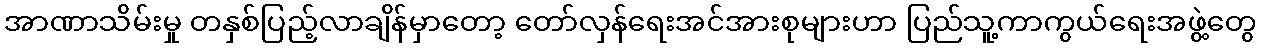
အာဏာသိမ်းမှု တနှစ်ပြည့်လာချိန်မှာတော့ တော်လှန်ရေးအင်အားစုများဟာ ပြည်သူ့ကာကွယ်ရေးအဖွဲ့တွေ